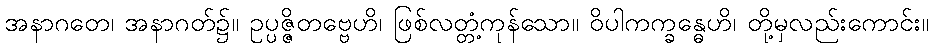
အနာဂတေ၊ အနာဂတ်၌။ ဥပ္ပဇ္ဇိတဗ္ဗေဟိ၊ ဖြစ်လတ္တံ့ကုန်သော။ ဝိပါကက္ခန္ဓေဟိ၊ တို့မှလည်းကောင်း။